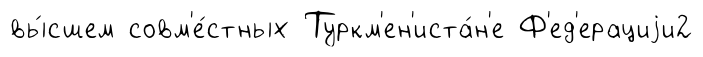
вы́сшем совм'е́стных Туркм'ен'иста́н'е Ф'ед'ерациjи2